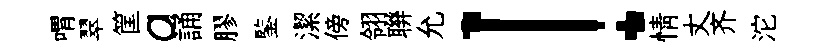
喟翠筐a誦膠鍳潔傍翎聨允！情丈齐沱